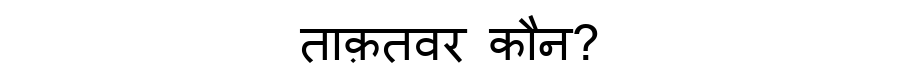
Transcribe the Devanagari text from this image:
ताक़तवर कौन?